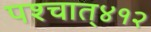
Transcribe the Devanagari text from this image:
पश्‍चात्‌४१२